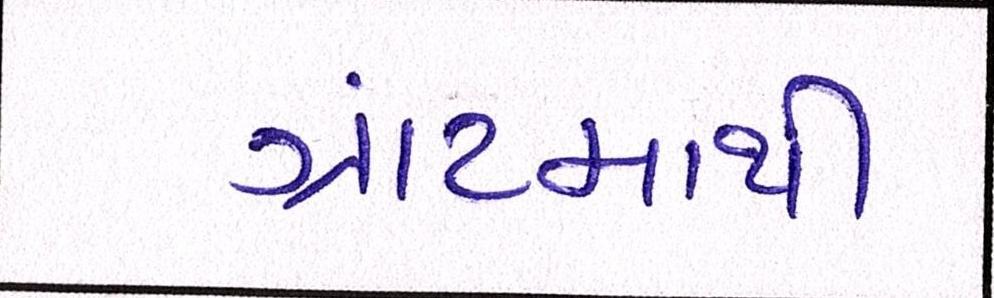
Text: ગ્રાંટમાથી